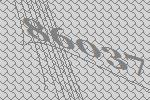
86037